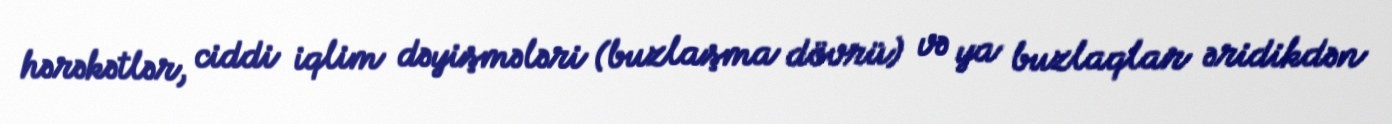
hərəkətlər, ciddi iqlim dəyişmələri (buzlaşma dövrü) və ya buzlaqlar əridikdən